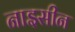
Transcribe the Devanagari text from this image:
नाइसीन